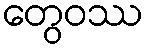
တွေဝဿ